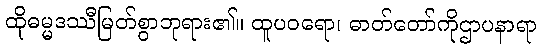
ထိုဓမ္မဒဿီမြတ်စွာဘုရား၏။ ထူပဝရော၊ ဓာတ်တော်ကိုဌာပနာရာ